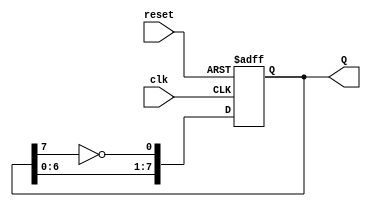
module johnson_counter (
    input wire clk,        // Clock input
    input wire reset,      // Asynchronous reset
    output reg [7:0] Q     // 8-bit output
);

    // Sequential logic for the Johnson counter
    always @(posedge clk or posedge reset) begin
        if (reset) begin
            Q <= 8'b00000000; // Initialize to 0 on reset
        end else begin
            Q[0] <= ~Q[7];    // D0 = NOT Q7
            Q[1] <= Q[0];     // D1 = Q0
            Q[2] <= Q[1];     // D2 = Q1
            Q[3] <= Q[2];     // D3 = Q2
            Q[4] <= Q[3];     // D4 = Q3
            Q[5] <= Q[4];     // D5 = Q4
            Q[6] <= Q[5];     // D6 = Q5
            Q[7] <= Q[6];     // D7 = Q6
        end
    end

endmodule